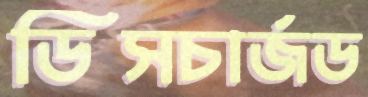
ডিসচার্জড